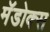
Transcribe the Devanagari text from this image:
मॅडोक्स